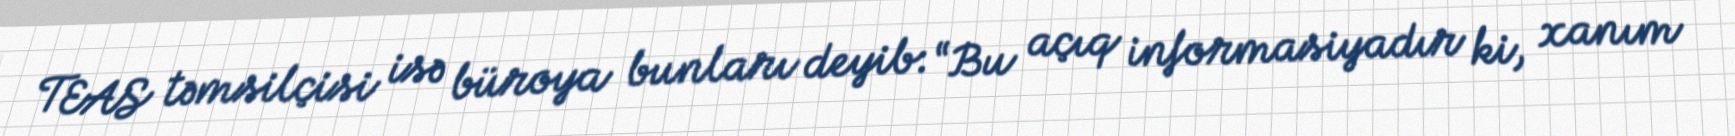
TEAS təmsilçisi isə büroya bunları deyib: “Bu açıq informasiyadır ki, xanım